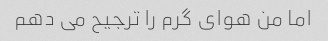
اما من هوای گرم را ترجیح می دهم